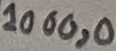
Text: 1000,0